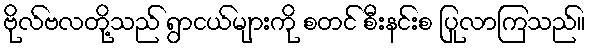
ဗိုလ်ဗလတို့သည် ရွာငယ်များကို စတင် စီးနင်းစ ပြုလာကြသည်။